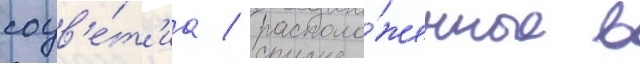
соцв'е́т'иа / располо́женные в